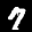
Label: 7